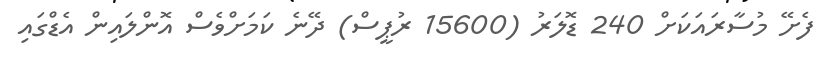
ފެށޭ މުސާރައަކަށް 240 ޑޮލަރު (15600 ރުޕީސް) ދޭނެ ކަމަށްވެސް އޮންލައިން އެޑްގައި